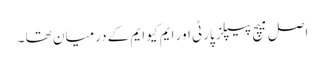
اصل میچ پیپلز پارٹی اور ایم کیو ایم کے درمیان تھا ۔